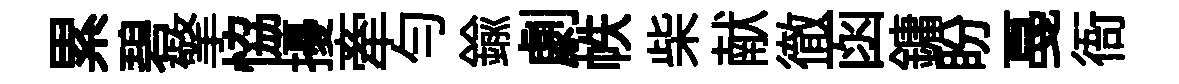
累碧擎恊擾牽勻鍮劇帙柴献徹函鏞盼戞衙